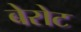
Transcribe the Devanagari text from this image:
बेरोट